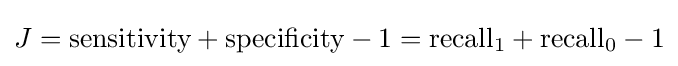
J={\text{sensitivity}}+{\text{specificity}}-1={\text{recall}}_{1}+{\text{recall}}_{0}-1